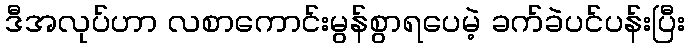
ဒီအလုပ်ဟာ လစာကောင်းမွန်စွာရပေမဲ့ ခက်ခဲပင်ပန်းပြီး